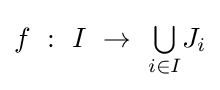
f~:~I~\to ~{\textstyle \bigcup \limits _{i\in I}}J_{i}